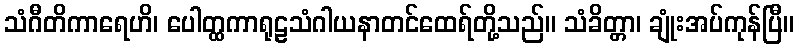
သံဂီတိကာရေဟိ၊ ပေါတ္ထကာရုဠသံဂါယနာတင်ထေရ်တို့သည်။ သံခိတ္တာ၊ ချုံးအပ်ကုန်ပြီ။